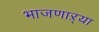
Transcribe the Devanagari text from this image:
भाजणाऱ्या